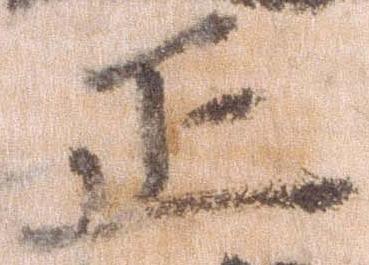
正